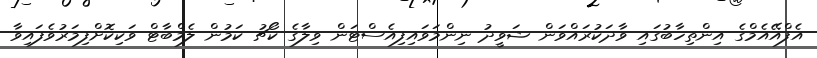
އެފްއޭއެމްގެ އިންތިހާބުގައި ވާދަކުރައްވަން ޝަވީދު ނިންމަވައިފިއެސްޓަން ވިލާގެ ކޯޗު ކަމުން ލެމްބާޓް ވަކިކޮށްފިމަރުވެފައިވާ